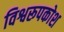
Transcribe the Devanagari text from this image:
विश्वरूपकोश